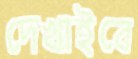
দেখাইবে